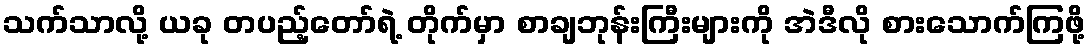
သက်သာလို့ ယခု တပည့်တော်ရဲ့ တိုက်မှာ စာချဘုန်းကြီးများကို အဲဒီလို စားသောက်ကြဖို့